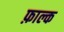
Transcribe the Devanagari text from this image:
फ़ाल्क